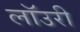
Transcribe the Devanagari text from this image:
लाॅउरी